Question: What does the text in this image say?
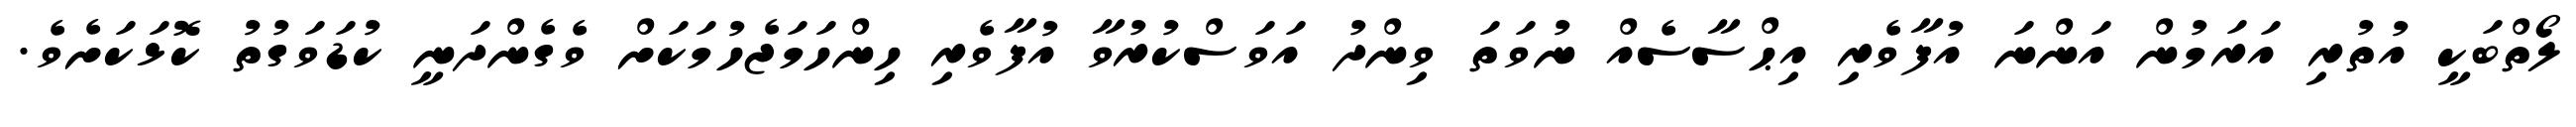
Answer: ލޯތްބަކީ އުތުރި އަރަމުން އަންނަ އުފާވެރި އިޙްސާސެއް ނުވަތަ ވިންދު އަވަސްކުރުވާ އުފާވެރި ހިންހަމަޖެހުމަކަށް ވެގެންދަނީ ކުޑަވަގުތު ކޮޅަކަށެވެ.